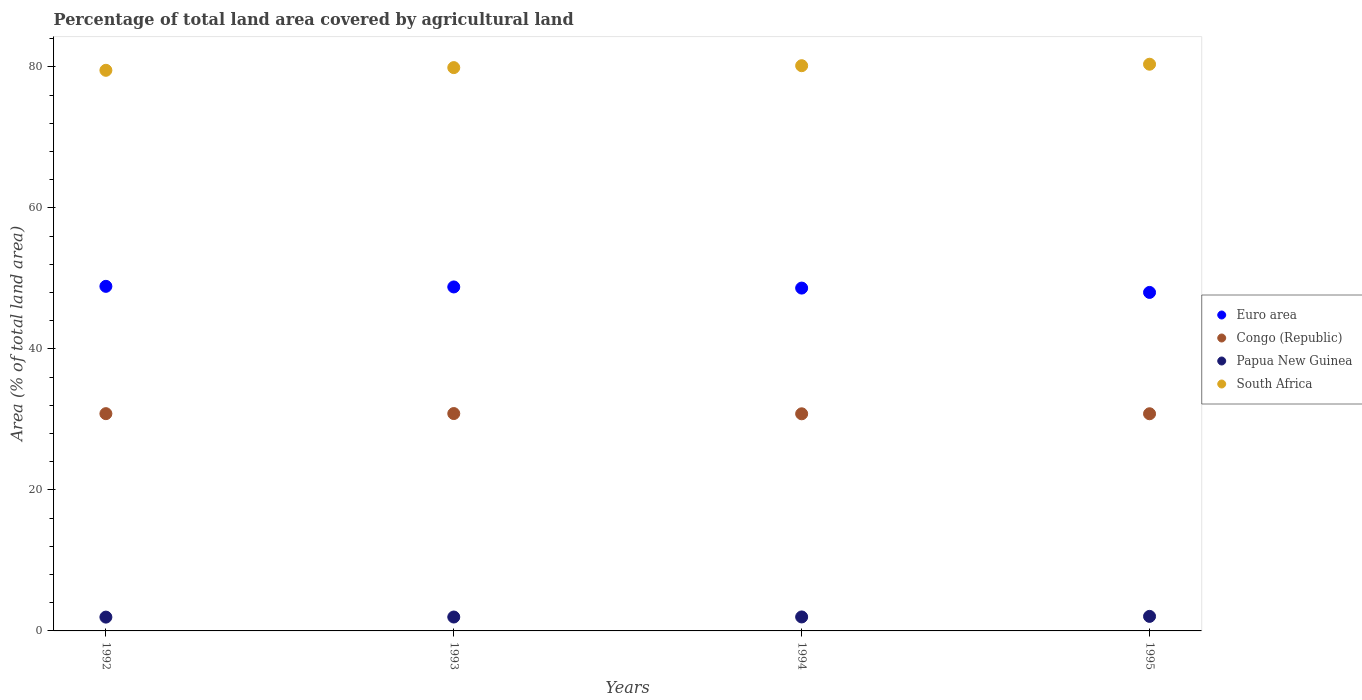
| Years | Euro area | Congo (Republic) | Papua New Guinea | South Africa |
 | --- | --- | --- | --- | --- |
 | 1992 | 48.9 | 30.8 | 1.96 | 79.5 |
 | 1993 | 48.8 | 30.8 | 1.97 | 79.9 |
 | 1994 | 48.6 | 30.8 | 1.98 | 80.2 |
 | 1995 | 48 | 30.8 | 2.06 | 80.4 |